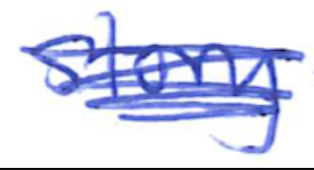
Text: story
Cross-out: mix
Writing tool: ballpoint